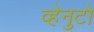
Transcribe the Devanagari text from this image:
व्हेनुटो